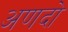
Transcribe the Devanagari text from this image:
अणदो